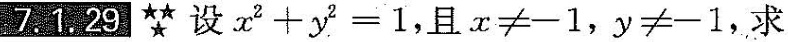
7.1.29 ★★★设$$x ^ { 2 } + y ^ { 2 } = 1$$,且$$x ≠ - 1$$,$$y ≠ - 1$$,求